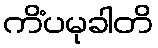
ကိံပမုခါတိ